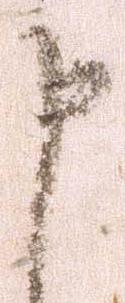
申